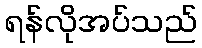
ရန်လိုအပ်သည်